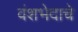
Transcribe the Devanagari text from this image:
वंशभेदाचे